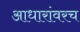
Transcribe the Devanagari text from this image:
आधारांवरच